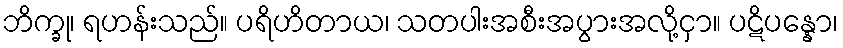
ဘိက္ခု၊ ရဟန်းသည်။ ပရိဟိတာယ၊ သတပါးအစီးအပွားအလို့ငှာ။ ပဋိပန္နော၊